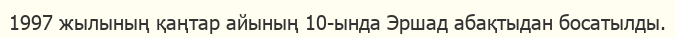
1997 жылының қаңтар айының 10-ында Эршад абақтыдан босатылды.